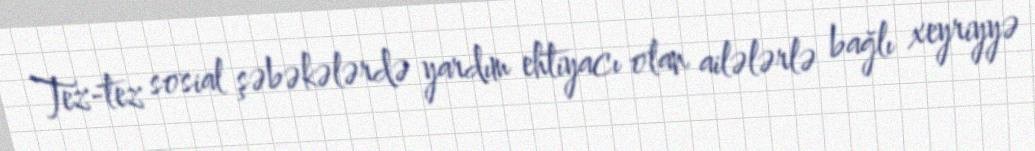
Tez-tez sosial şəbəkələrdə yardım ehtiyacı olan ailələrlə bağlı xeyriyyə